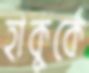
হাকুর্কে